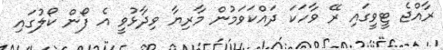
ރާއްޖެ ޓީވީގައި ރޭ ވާހަކަ ދައްކަވަމުން މާރިޔާ ވިދާޅުވީ އެ ފޯން ކޯލުގައި